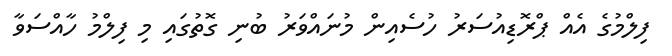
ފިލްމުގެ އެއް ޕްރޮޑިއުސަރު ހުސެއިން މުނައްވަރު ބުނި ގޮތުގައި މި ފިލްމު ހާއްސަވާ